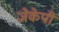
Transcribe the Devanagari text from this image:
जेकेपी